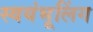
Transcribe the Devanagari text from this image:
स्वयंभूलिंग